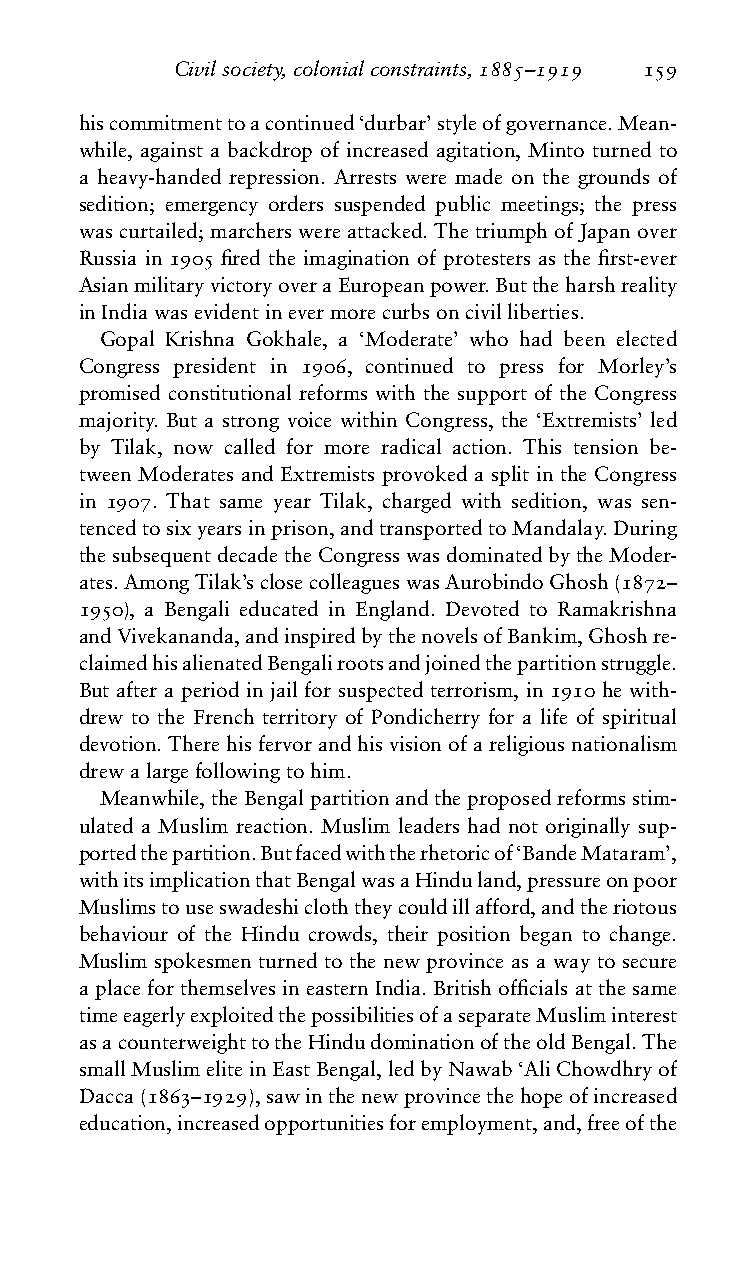
Civilsociety,colonialconstraints,1885–1919 159
 hiscommitmenttoacontinued‘durbar’styleofgovernance.Mean-
 while, against a backdrop of increased agitation, Minto turned to
 a heavy-handed repression. Arrests were made on the grounds of
 sedition; emergency orders suspended public meetings; the press
 wascurtailed;marcherswereattacked.ThetriumphofJapanover
 Russia in 1905 fired the imagination of protesters as the first-ever
 AsianmilitaryvictoryoveraEuropeanpower.Buttheharshreality
 inIndiawasevidentinevermorecurbsoncivilliberties.
 Gopal Krishna Gokhale, a ‘Moderate’ who had been elected
 Congress president in 1906, continued to press for Morley’s
 promised constitutional reforms with the support of the Congress
 majority. But a strong voice within Congress, the ‘Extremists’ led
 by Tilak, now called for more radical action. This tension be-
 tween Moderates and Extremists provoked a split in the Congress
 in 1907. That same year Tilak, charged with sedition, was sen-
 tencedtosixyearsinprison,andtransportedtoMandalay.During
 thesubsequentdecadetheCongresswasdominatedbytheModer-
 ates.AmongTilak’sclosecolleagueswasAurobindoGhosh(1872–
 1950), a Bengali educated in England. Devoted to Ramakrishna
 andVivekananda,andinspiredbythenovelsofBankim,Ghoshre-
 claimedhisalienatedBengalirootsandjoinedthepartitionstruggle.
 But after a period in jail for suspected terrorism, in 1910 he with-
 drew to the French territory of Pondicherry for a life of spiritual
 devotion.Therehisfervorandhisvisionofareligiousnationalism
 drewalargefollowingtohim.
 Meanwhile,theBengalpartitionandtheproposedreformsstim-
 ulated a Muslim reaction. Muslim leaders had not originally sup-
 portedthepartition.Butfacedwiththerhetoricof‘BandeMataram’,
 withitsimplicationthatBengalwasaHinduland,pressureonpoor
 Muslimstouseswadeshicloththeycouldillafford,andtheriotous
 behaviour of the Hindu crowds, their position began to change.
 Muslim spokesmen turned to the new province as a way to secure
 aplaceforthemselvesineasternIndia.Britishofficialsatthesame
 timeeagerlyexploitedthepossibilitiesofaseparateMusliminterest
 asacounterweighttotheHindudominationoftheoldBengal.The
 smallMuslimeliteinEastBengal,ledbyNawab‘AliChowdhryof
 Dacca(1863–1929),sawinthenewprovincethehopeofincreased
 education,increasedopportunitiesforemployment,and,freeofthe